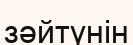
зәйтүнін